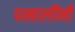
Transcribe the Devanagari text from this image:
पखालींनी